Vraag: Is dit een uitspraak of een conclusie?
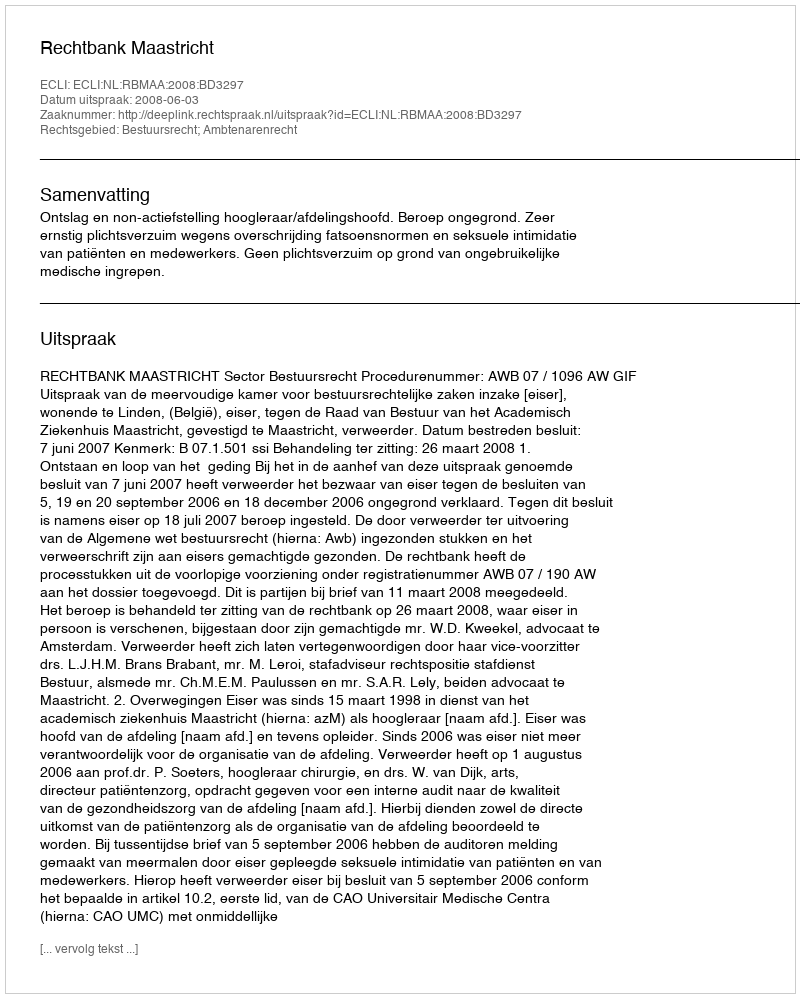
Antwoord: Uitspraak